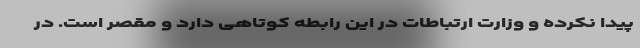
پیدا نکرده و وزارت ارتباطات در این رابطه کوتاهی دارد و مقصر است. در